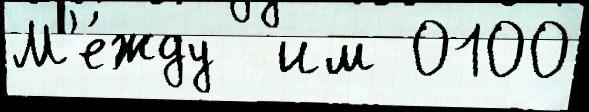
М'е́жду  им 0100